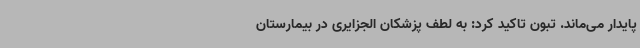
پایدار می‌ماند. تبون تاکید کرد: به لطف پزشکان الجزایری در بیمارستان